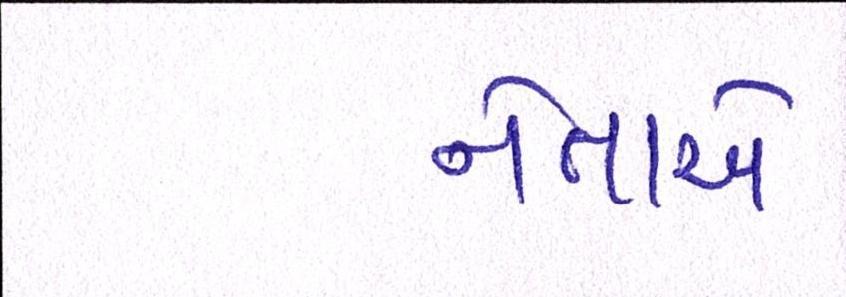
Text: નેતાએ